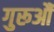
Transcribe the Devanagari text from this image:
गुरूऔं